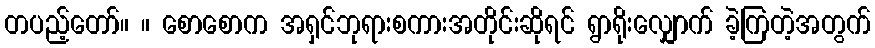
တပည့်တော်။ ။ စောစောက အရှင်ဘုရားစကားအတိုင်းဆိုရင် ရွာရိုးလျှောက် ခဲ့ကြတဲ့အတွက်